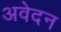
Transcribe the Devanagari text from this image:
अवेदन